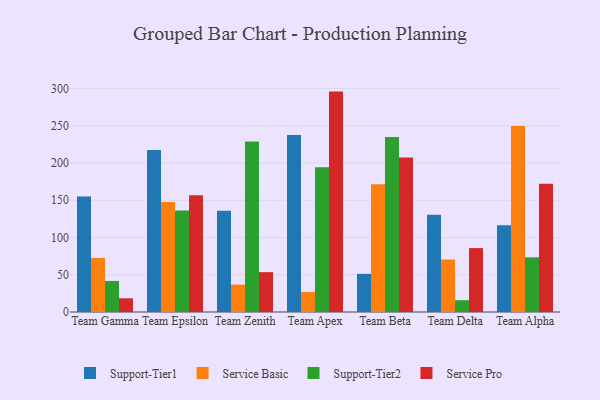
{"axis": {"x": "Team", "y": "Website Visitors"}, "legend": ["Service Basic", "Service Pro", "Support-Tier1", "Support-Tier2"], "data": [{"x": "Team Gamma", "y": 155.2, "type": "Support-Tier1"}, {"x": "Team Gamma", "y": 72.5, "type": "Service Basic"}, {"x": "Team Gamma", "y": 41.7, "type": "Support-Tier2"}, {"x": "Team Gamma", "y": 18.4, "type": "Service Pro"}, {"x": "Team Epsilon", "y": 217.6, "type": "Support-Tier1"}, {"x": "Team Epsilon", "y": 147.8, "type": "Service Basic"}, {"x": "Team Epsilon", "y": 136.2, "type": "Support-Tier2"}, {"x": "Team Epsilon", "y": 156.7, "type": "Service Pro"}, {"x": "Team Zenith", "y": 136.0, "type": "Support-Tier1"}, {"x": "Team Zenith", "y": 36.8, "type": "Service Basic"}, {"x": "Team Zenith", "y": 228.8, "type": "Support-Tier2"}, {"x": "Team Zenith", "y": 53.5, "type": "Service Pro"}, {"x": "Team Apex", "y": 237.7, "type": "Support-Tier1"}, {"x": "Team Apex", "y": 26.8, "type": "Service Basic"}, {"x": "Team Apex", "y": 194.2, "type": "Support-Tier2"}, {"x": "Team Apex", "y": 295.9, "type": "Service Pro"}, {"x": "Team Beta", "y": 51.2, "type": "Support-Tier1"}, {"x": "Team Beta", "y": 171.6, "type": "Service Basic"}, {"x": "Team Beta", "y": 234.8, "type": "Support-Tier2"}, {"x": "Team Beta", "y": 207.4, "type": "Service Pro"}, {"x": "Team Delta", "y": 130.5, "type": "Support-Tier1"}, {"x": "Team Delta", "y": 70.5, "type": "Service Basic"}, {"x": "Team Delta", "y": 15.8, "type": "Support-Tier2"}, {"x": "Team Delta", "y": 85.8, "type": "Service Pro"}, {"x": "Team Alpha", "y": 116.5, "type": "Support-Tier1"}, {"x": "Team Alpha", "y": 249.6, "type": "Service Basic"}, {"x": "Team Alpha", "y": 73.4, "type": "Support-Tier2"}, {"x": "Team Alpha", "y": 172.2, "type": "Service Pro"}]}